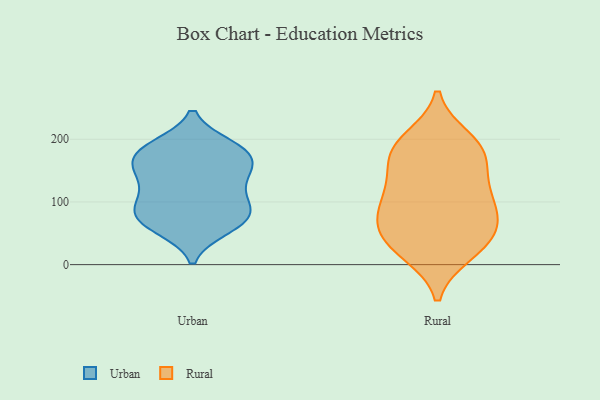
{"axis": {"x": "Humidity (%)", "y": "Value"}, "legend": ["Rural", "Urban"], "data": [{"x": "", "y": 148, "type": "Urban"}, {"x": "", "y": 58, "type": "Urban"}, {"x": "", "y": 109, "type": "Urban"}, {"x": "", "y": 147, "type": "Urban"}, {"x": "", "y": 116, "type": "Urban"}, {"x": "", "y": 153, "type": "Urban"}, {"x": "", "y": 71, "type": "Urban"}, {"x": "", "y": 176, "type": "Urban"}, {"x": "", "y": 72, "type": "Urban"}, {"x": "", "y": 185, "type": "Urban"}, {"x": "", "y": 85, "type": "Urban"}, {"x": "", "y": 185, "type": "Urban"}, {"x": "", "y": 95, "type": "Urban"}, {"x": "", "y": 189, "type": "Urban"}, {"x": "", "y": 85, "type": "Urban"}, {"x": "", "y": 60, "type": "Urban"}, {"x": "", "y": 145, "type": "Urban"}, {"x": "", "y": 178, "type": "Urban"}, {"x": "", "y": 187, "type": "Rural"}, {"x": "", "y": 122, "type": "Rural"}, {"x": "", "y": 173, "type": "Rural"}, {"x": "", "y": 59, "type": "Rural"}, {"x": "", "y": 130, "type": "Rural"}, {"x": "", "y": 24, "type": "Rural"}, {"x": "", "y": 168, "type": "Rural"}, {"x": "", "y": 89, "type": "Rural"}, {"x": "", "y": 84, "type": "Rural"}, {"x": "", "y": 188, "type": "Rural"}, {"x": "", "y": 19, "type": "Rural"}, {"x": "", "y": 50, "type": "Rural"}, {"x": "", "y": 200, "type": "Rural"}, {"x": "", "y": 32, "type": "Rural"}, {"x": "", "y": 108, "type": "Rural"}, {"x": "", "y": 68, "type": "Rural"}]}